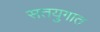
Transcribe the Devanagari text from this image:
सतयुगात